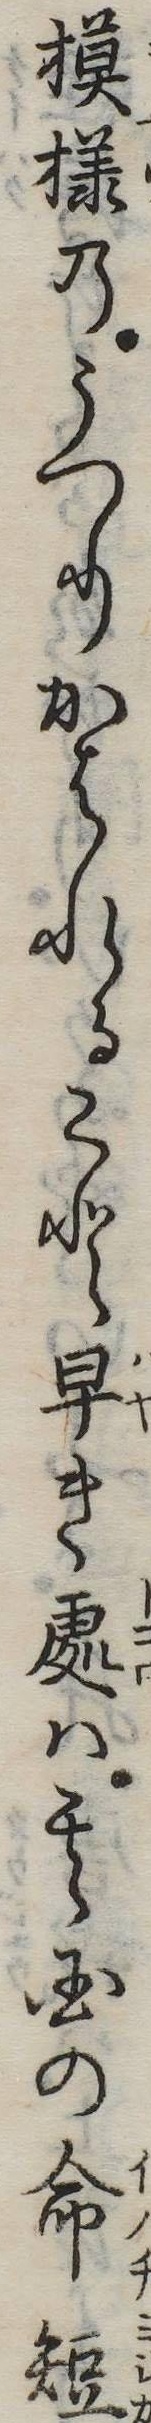
模様のうつりかはれること早き処は其国の命短